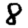
Digit: 8